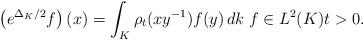
LaTeX: \begin{align*}\left( e^{\Delta_{K}/2}f\right) (x)=\int_{K}\rho_{t}(xy^{-1})f(y)\,dk\;f\in L^{2}(K)t>0. \end{align*}